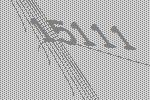
15111